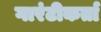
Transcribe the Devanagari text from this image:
गारंटीकर्ता